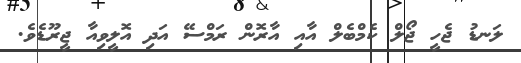
ލަނޑު ޖެހީ ޖޯލް ކެމްބެލް އާއި އާރޮން ރަމްސޭ އަދި އޮލީވިއާ ޖީރޫޑެވެ.